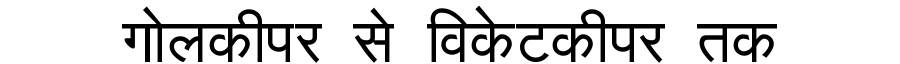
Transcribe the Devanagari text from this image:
गोलकीपर से विकेटकीपर तक